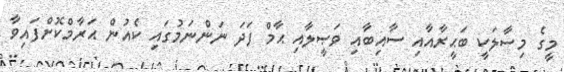
މީގެ މިސާލަކީ ބަޙީރާއާއި ސާއިބާއި ވަޞީލާއި ޙާމް ފަދަ ނަންނަމުގައި ކެއުން ޙަރާމްކޮށްފައިވާ